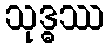
သုဒ္ဓဿ